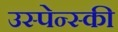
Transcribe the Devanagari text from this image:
उस्पेन्स्की